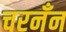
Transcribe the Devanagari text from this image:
चरनँन